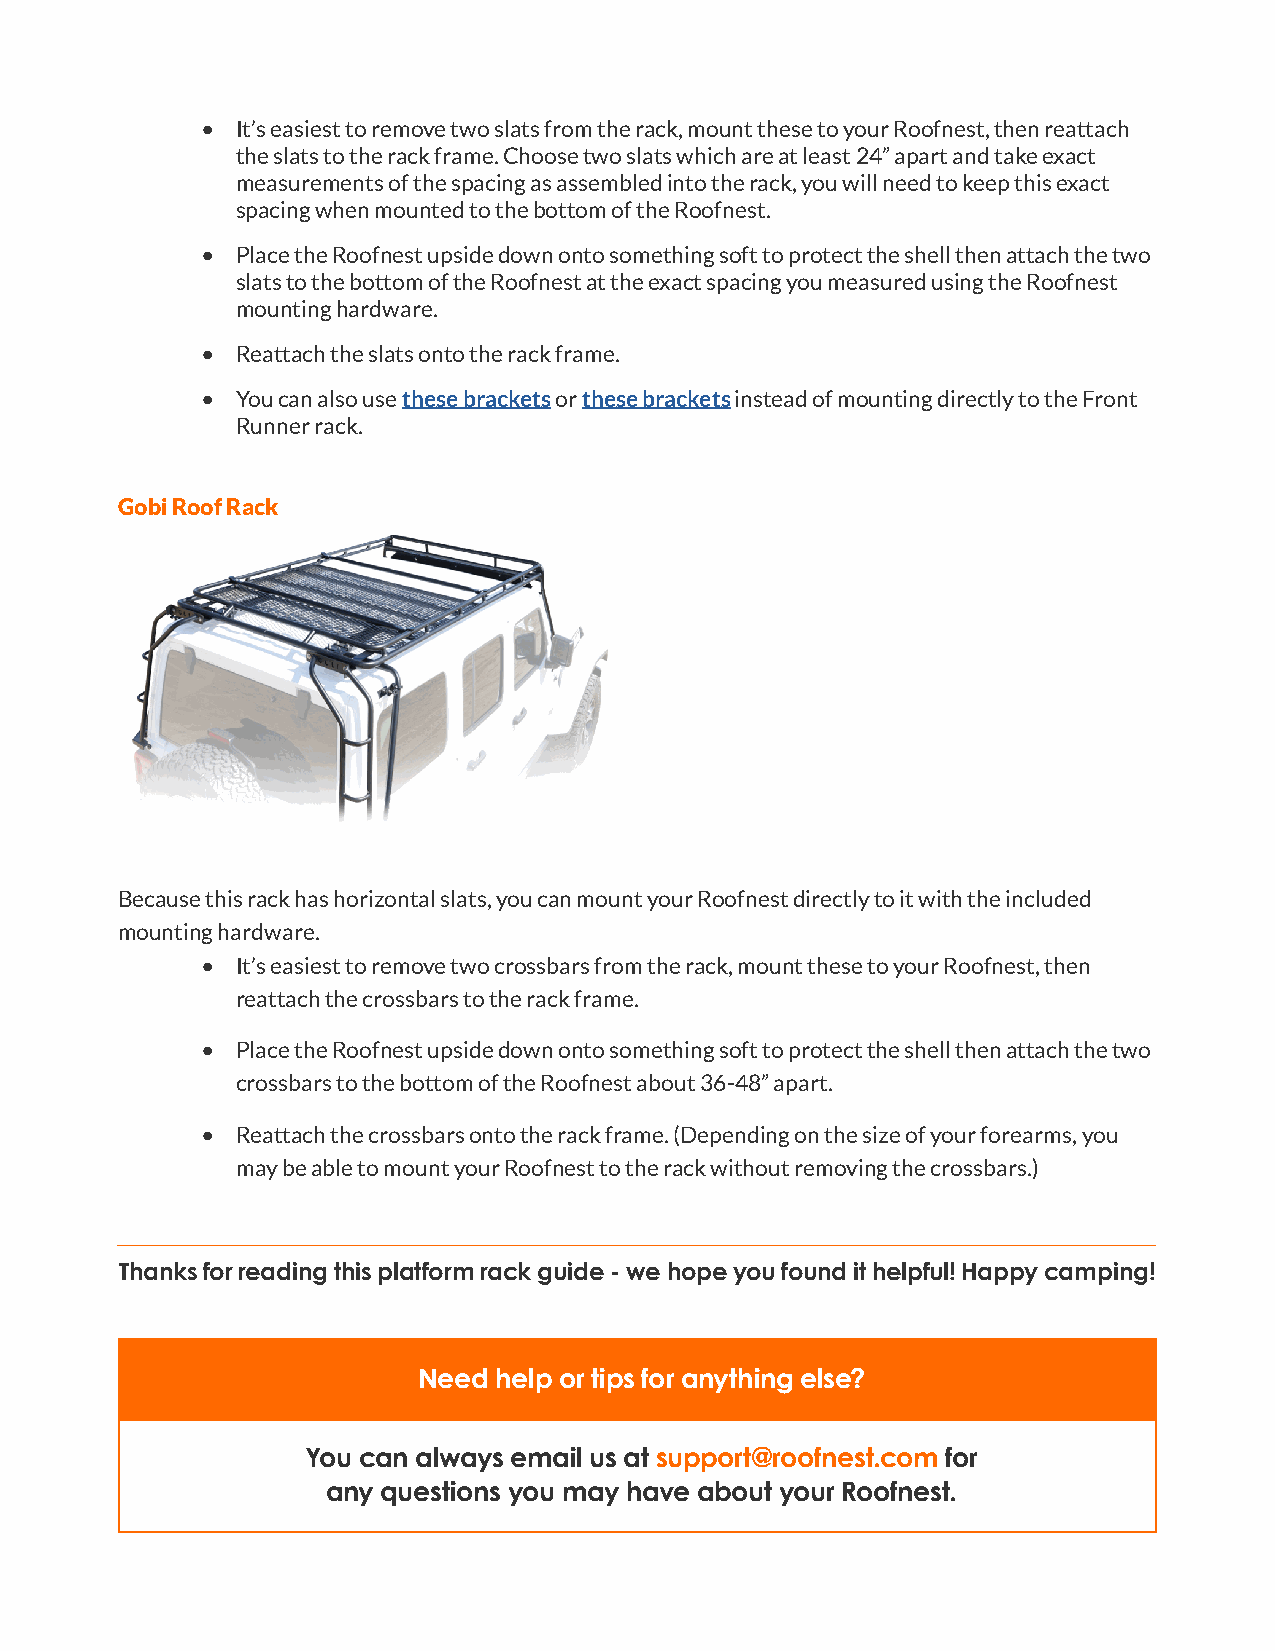
•  It’s easiest to remove two slats from the rack, mount these to your Roofnest, then reattach
 the slats to the rack frame. Choose two slats which are at least 24” apart and take exact
 measurements of the spacing as assembled into the rack, you will need to keep this exact
 spacing when mounted to the bottom of the Roofnest.
 •  Place the Roofnest upside down onto something soft to protect the shell then attach the two
 slats to the bottom of the Roofnest at the exact spacing you measured using the Roofnest
 mounting hardware.
 •  Reattach the slats onto the rack frame.
 •  You can also use these brackets or these brackets instead of mounting directly to the Front
 Runner rack.
 Gobi Roof Rack
 Because this rack has horizontal slats, you can mount your Roofnest directly to it with the included
 mounting hardware.
 •  It’s easiest to remove two crossbars from the rack, mount these to your Roofnest, then
 reattach the crossbars to the rack frame.
 •  Place the Roofnest upside down onto something soft to protect the shell then attach the two
 crossbars to the bottom of the Roofnest about 36-48” apart.
 •  Reattach the crossbars onto the rack frame. (Depending on the size of your forearms, you
 may be able to mount your Roofnest to the rack without removing the crossbars.)
 Thanks for reading this platform rack guide - we hope you found it helpful! Happy camping!
 Need help or tips for anything else?
 You can always email us at support@roofnest.com for
 any questions you may have about your Roofnest.